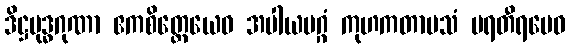
ဒိဋ္ဌဗုဒ္ဓဂုဏာ ဧကစိတ္တေယေဝ အပါယမဂ္ဂံ ကုဟကတာပသံ ပရတီရမေဝ